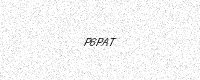
Text: P6PAT